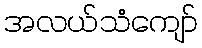
အလယ်သံကျော်